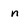
Character: n